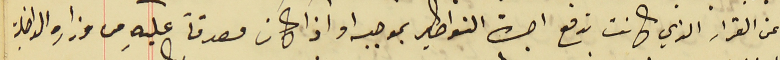
عن القرار الذي كانت تدفع اجرة النواطير بموجبه او اذا كان مصدقاً عليهِ من وزارة الداخلية